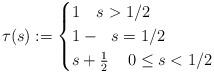
LaTeX: \begin{align*}\tau(s) := \begin{cases}1 \ {} \ \ s > 1/2 \\1- {} \ \ s = 1/2 \\s+\frac 12 \ \, {} \ \ 0 \leq s < 1/2\end{cases} \end{align*}